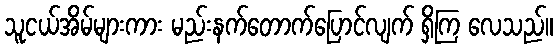
သူငယ်အိမ်များကား မည်းနက်တောက်ပြောင်လျက် ရှိကြ လေသည်။